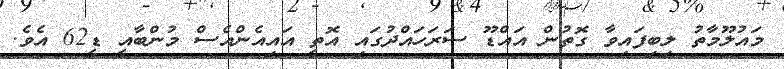
މައުލޫމާތު ލިބިފައިވާ ގޮތުން އައްޑޫ ސަރަހައްދުގައި އޮތީ އައިއެންއެސް މުންބާއީ ޑީ62 އެވެ.